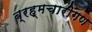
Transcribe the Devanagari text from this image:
ब्रह्मचारीगण